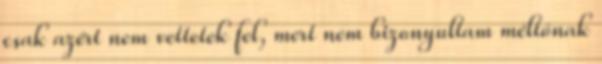
csak a­zért nem vettetek fel, mert nem bizonyultam méltónak